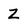
Character: z